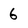
Character: 6